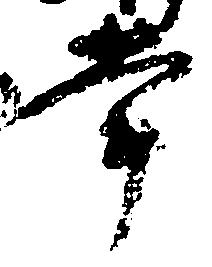
掌